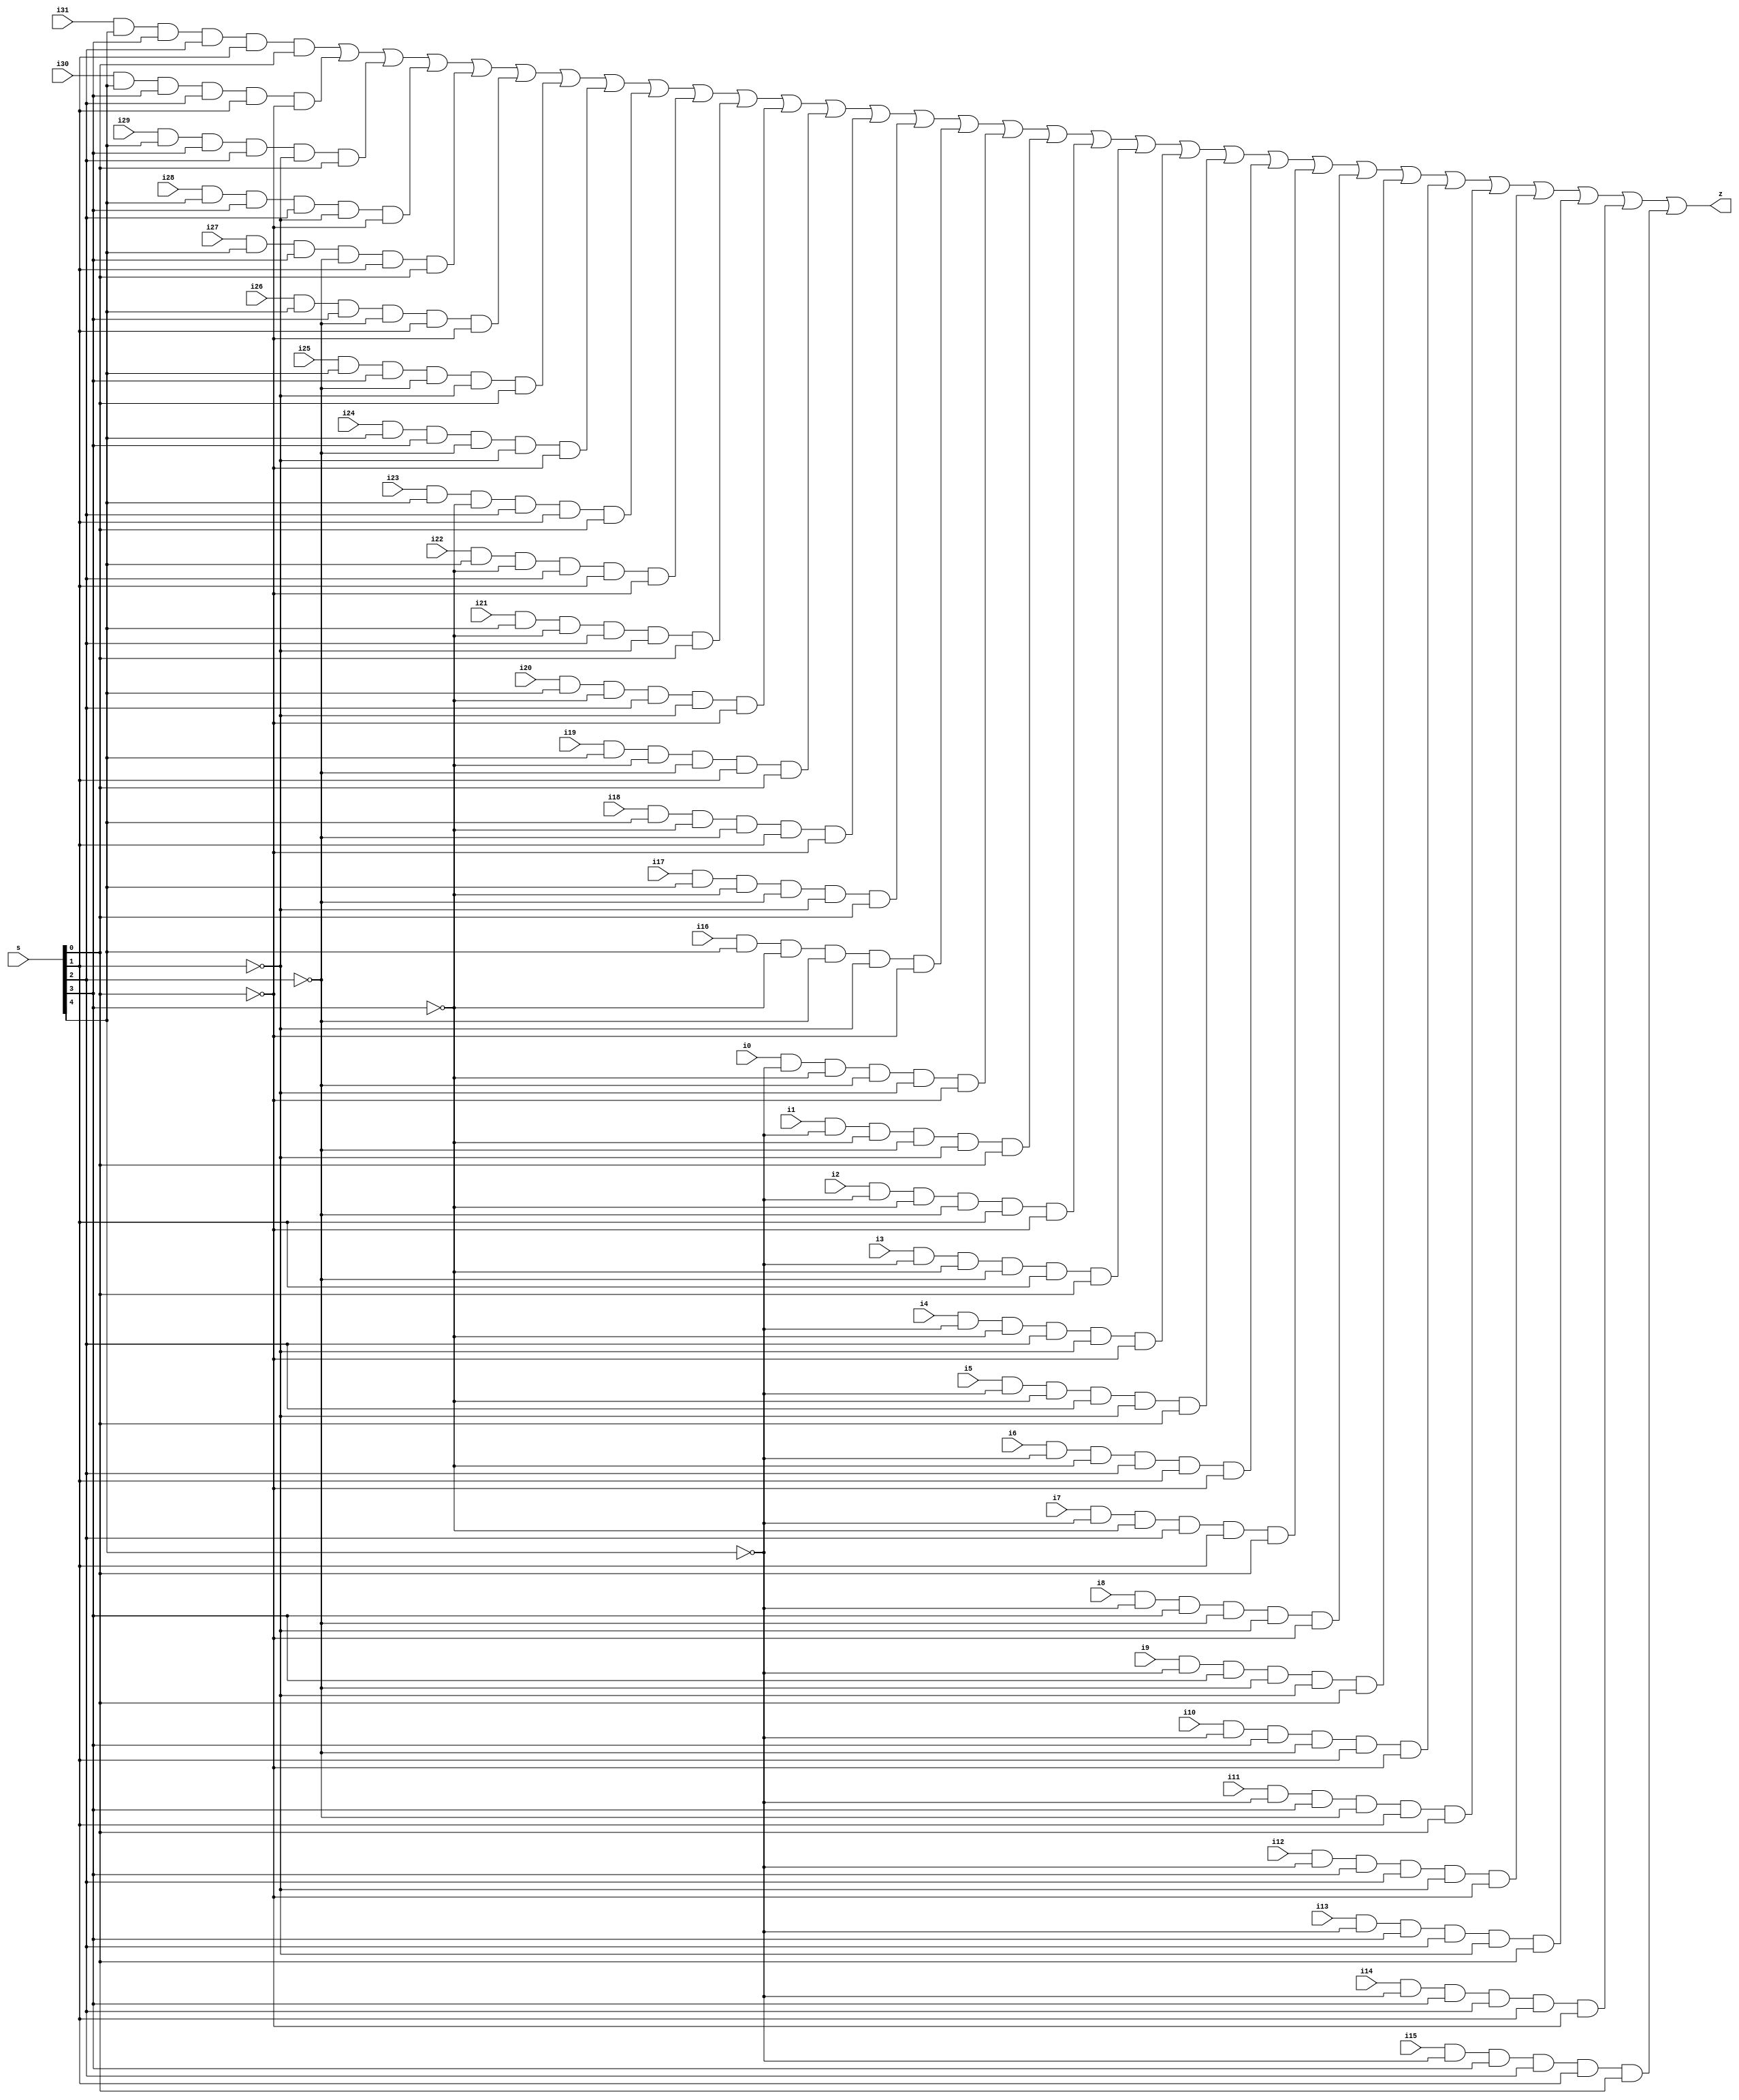
module mux_32to1 (
  input  [4:0] s,
  input  i31, i30, i29, i28, i27, i26, i25, i24, i23,i22, i21, i20, i19, i18, i17, i16,
  input  i15, i14, i13, i12, i11, i10, i9, i8, i7,i6, i5, i4, i3, i2, i1, i0,
  output z);

wire int0 , int1 , int2 , int3 , int4 , int5 , int6 , int7; 
wire int8 , int9 , int10, int11, int12, int13, int14, int15;
 
not (s0_bar, s[0]);
not (s1_bar, s[1]);
not (s2_bar, s[2]);
not (s3_bar, s[3]);
not (s4_bar, s[4]);


and(int0 , i0 , s4_bar, s3_bar , s2_bar , s1_bar , s0_bar );
and(int1 , i1 , s4_bar, s3_bar , s2_bar , s1_bar , s[0]   );
and(int2 , i2 , s4_bar, s3_bar , s2_bar , s[1]   , s0_bar );
and(int3 , i3 , s4_bar, s3_bar , s2_bar , s[1]   , s[0]   );
and(int4 , i4 , s4_bar, s3_bar , s[2]   , s1_bar , s0_bar );
and(int5 , i5 , s4_bar, s3_bar , s[2]   , s1_bar , s[0]   );
and(int6 , i6 , s4_bar, s3_bar , s[2]   , s[1]   , s0_bar );
and(int7 , i7 , s4_bar, s3_bar , s[2]   , s[1]   , s[0]   );
and(int8 , i8 , s4_bar, s[3]   , s2_bar , s1_bar , s0_bar );
and(int9 , i9 , s4_bar, s[3]   , s2_bar , s1_bar , s[0]   );
and(int10, i10, s4_bar, s[3]   , s2_bar , s[1]   , s0_bar );
and(int11, i11, s4_bar, s[3]   , s2_bar , s[1]   , s[0]   );
and(int12, i12, s4_bar, s[3]   , s[2]   , s1_bar , s0_bar );
and(int13, i13, s4_bar, s[3]   , s[2]   , s1_bar , s[0]   );
and(int14, i14, s4_bar, s[3]   , s[2]   , s[1]   , s0_bar );
and(int15, i15, s4_bar, s[3]   , s[2]   , s[1]   , s[0]   );
and(int16, i16, s[4]  ,s3_bar , s2_bar , s1_bar , s0_bar );
and(int17, i17, s[4]  ,s3_bar , s2_bar , s1_bar , s[0]   );
and(int18, i18, s[4]  ,s3_bar , s2_bar , s[1]   , s0_bar );
and(int19, i19, s[4]  ,s3_bar , s2_bar , s[1]   , s[0]   );
and(int20, i20, s[4]  ,s3_bar , s[2]   , s1_bar , s0_bar );
and(int21, i21, s[4]  ,s3_bar , s[2]   , s1_bar , s[0]   );
and(int22, i22, s[4]  ,s3_bar , s[2]   , s[1]   , s0_bar );
and(int23, i23, s[4]  ,s3_bar , s[2]   , s[1]   , s[0]   );
and(int24, i24, s[4]  ,s[3]   , s2_bar , s1_bar , s0_bar );
and(int25, i25, s[4]  ,s[3]   , s2_bar , s1_bar , s[0]   );
and(int26, i26, s[4]  ,s[3]   , s2_bar , s[1]   , s0_bar );
and(int27, i27, s[4]  ,s[3]   , s2_bar , s[1]   , s[0]   );
and(int28, i28, s[4]  ,s[3]   , s[2]   , s1_bar , s0_bar );
and(int29, i29, s[4]  ,s[3]   , s[2]   , s1_bar , s[0]   );
and(int30, i30, s[4]  ,s[3]   , s[2]   , s[1]   , s0_bar );
and(int31, i31, s[4]  ,s[3]   , s[2]   , s[1]   , s[0]   );


or (z, int31, int30, int29, int28, int27, int26, int25,
    int24, int23,int22, int21, int20, int19, int18, int17,
    int16, int0, int1, int2, int3, int4, int5, int6, int7, 
    int8, int9, int10, int11, int12, int13, int14, int15);

endmodule